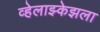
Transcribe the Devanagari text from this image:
व्हेलाझ्केझला